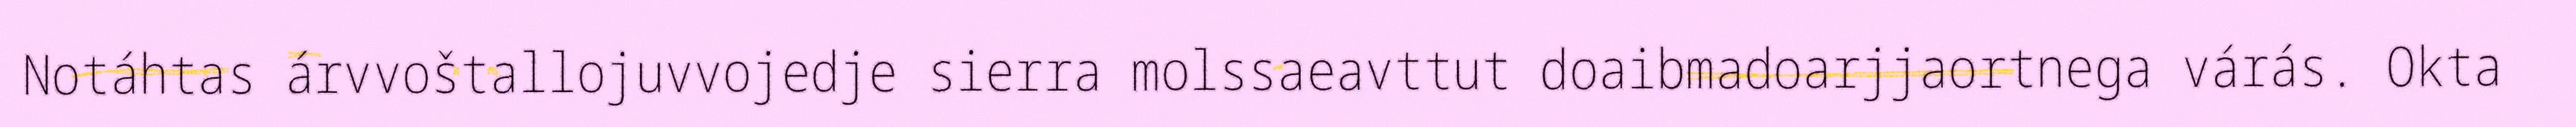
Notáhtas árvvoštallojuvvojedje sierra molssaeavttut doaibmadoarjjaortnega várás. Okta